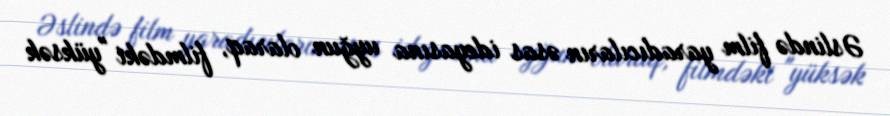
Əslində film yaradıcıların əsas ideyasına uyğun olaraq, filmdəki "yüksək